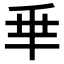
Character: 𠂯